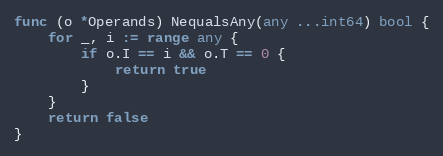
Language: Go
func (o *Operands) NequalsAny(any ...int64) bool {
	for _, i := range any {
		if o.I == i && o.T == 0 {
			return true
		}
	}
	return false
}